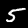
Label: 5